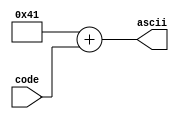
module decodeASCII(code, ascii);
	input [4:0] code; 
	output [7:0] ascii;

	assign ascii = 8'h41 + code;	
endmodule